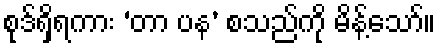
စုဒ်ရှိရကား ‘တာ ပန’ စသည်ကို မိန့်သော်။